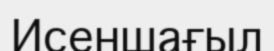
Исеншағыл